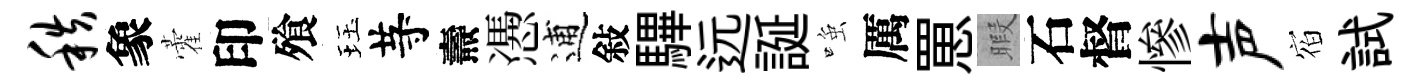
秩象藿印飱珏䒭燾慿逋敍驆远誕𫪻厲罳暇石督慘声𪧐試